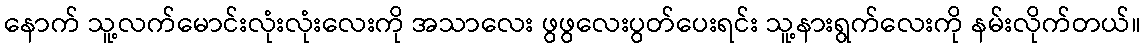
နောက် သူ့လက်မောင်းလုံးလုံးလေးကို အသာလေး ဖွဖွလေးပွတ်ပေးရင်း သူ့နားရွက်လေးကို နမ်းလိုက်တယ်။